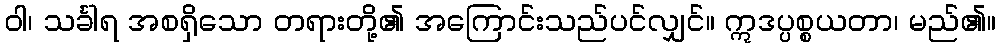
ဝါ၊ သင်္ခါရ အစရှိသော တရားတို့၏ အကြောင်းသည်ပင်လျှင်။ ဣဒပ္ပစ္စယတာ၊ မည်၏။